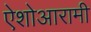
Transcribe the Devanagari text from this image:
ऐशोआरामी